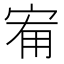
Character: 𭓰